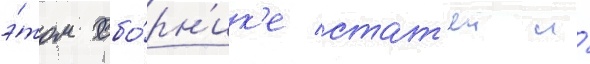
э́том сбо́рн'ик'е стат'еи и́